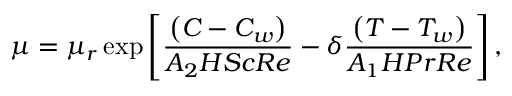
\mu = \mu _ { r } \exp \left[ \frac { \left( C - C _ { w } \right) } { A _ { 2 } H S c R e } - \delta \frac { \left( T - T _ { w } \right) } { A _ { 1 } H P r R e } \right] ,